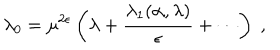
\lambda _ { 0 } = \mu ^ { 2 \epsilon } \left( \lambda + \frac { \lambda _ { 1 } ( \alpha , \lambda ) } { \epsilon } + \cdots \right) \; ,